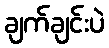
ချက်ချင်းပဲ